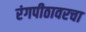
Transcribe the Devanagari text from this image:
रंगपीठावरचा